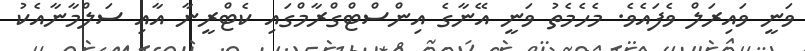
ވަނީ ވައިރަލް ވެފައެވެ. މެހެމެތު ވަނީ އޭނާގެ އިންސްޓްގްރާމްގައި ކެޓްރީނާ އާއި ސަލްމާނާއެކު